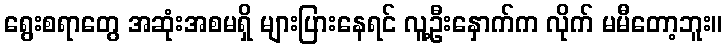
ရွေးစရာတွေ အဆုံးအစမရှိ များပြားနေရင် လူ့ဦးနှောက်က လိုက် မမီတော့ဘူး။